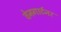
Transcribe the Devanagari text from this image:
वेनगार्टनर